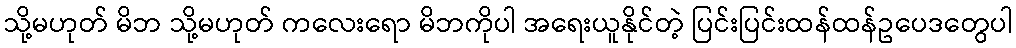
သို့မဟုတ် မိဘ သို့မဟုတ် ကလေးရော မိဘကိုပါ အရေးယူနိုင်တဲ့ ပြင်းပြင်းထန်ထန်ဥပေဒတွေပါ